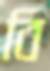
বি